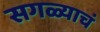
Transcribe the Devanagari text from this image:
सगळ्याचं